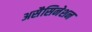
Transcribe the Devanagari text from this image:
असैसिनेशन